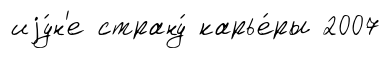
иjу́н'е страну́ карье́ры 2007